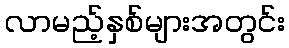
လာမည့်နှစ်များအတွင်း